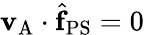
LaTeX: \mathbf{v}_{\mathrm{A}}\cdot\hat{\mathbf{f}}_{\mathrm{PS}}=0